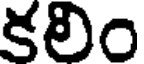
కలిం